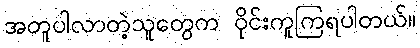
အတူပါလာတဲ့သူတွေက ဝိုင်းကူကြရပါတယ်။